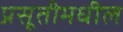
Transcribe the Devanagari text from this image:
प्रसूतीमधील